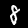
Digit: 8